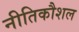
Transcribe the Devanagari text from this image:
नीतिकौशल